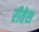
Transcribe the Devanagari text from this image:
रीतेश